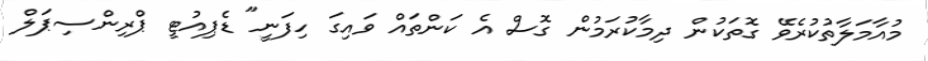
މުއާމަލާތުކުރެވޭ ގޮތަކުން ދިމާކުރަމުން ގޮސް އެ ކަންތައް ވައިގަ ހިފަނީ" ޑެޕިއުޓީ ޕްރިންސިޕަލް